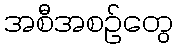
အစီအစဉ်တွေ